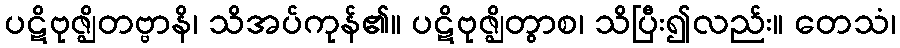
ပဋိဗုဇ္ဈိတဗ္ဗာနိ၊ သိအပ်ကုန်၏။ ပဋိဗုဇ္ဈိတွာစ၊ သိပြီး၍လည်း။ တေသံ၊